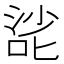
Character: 𰈌